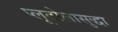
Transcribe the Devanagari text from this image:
प्लूटोलासुद्धा